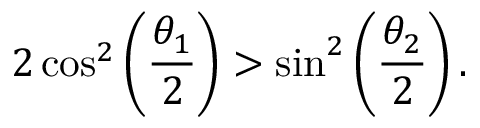
2 \cos ^ { 2 } \left( \frac { \theta _ { 1 } } { 2 } \right) > \sin ^ { 2 } \left( \frac { \theta _ { 2 } } { 2 } \right) .